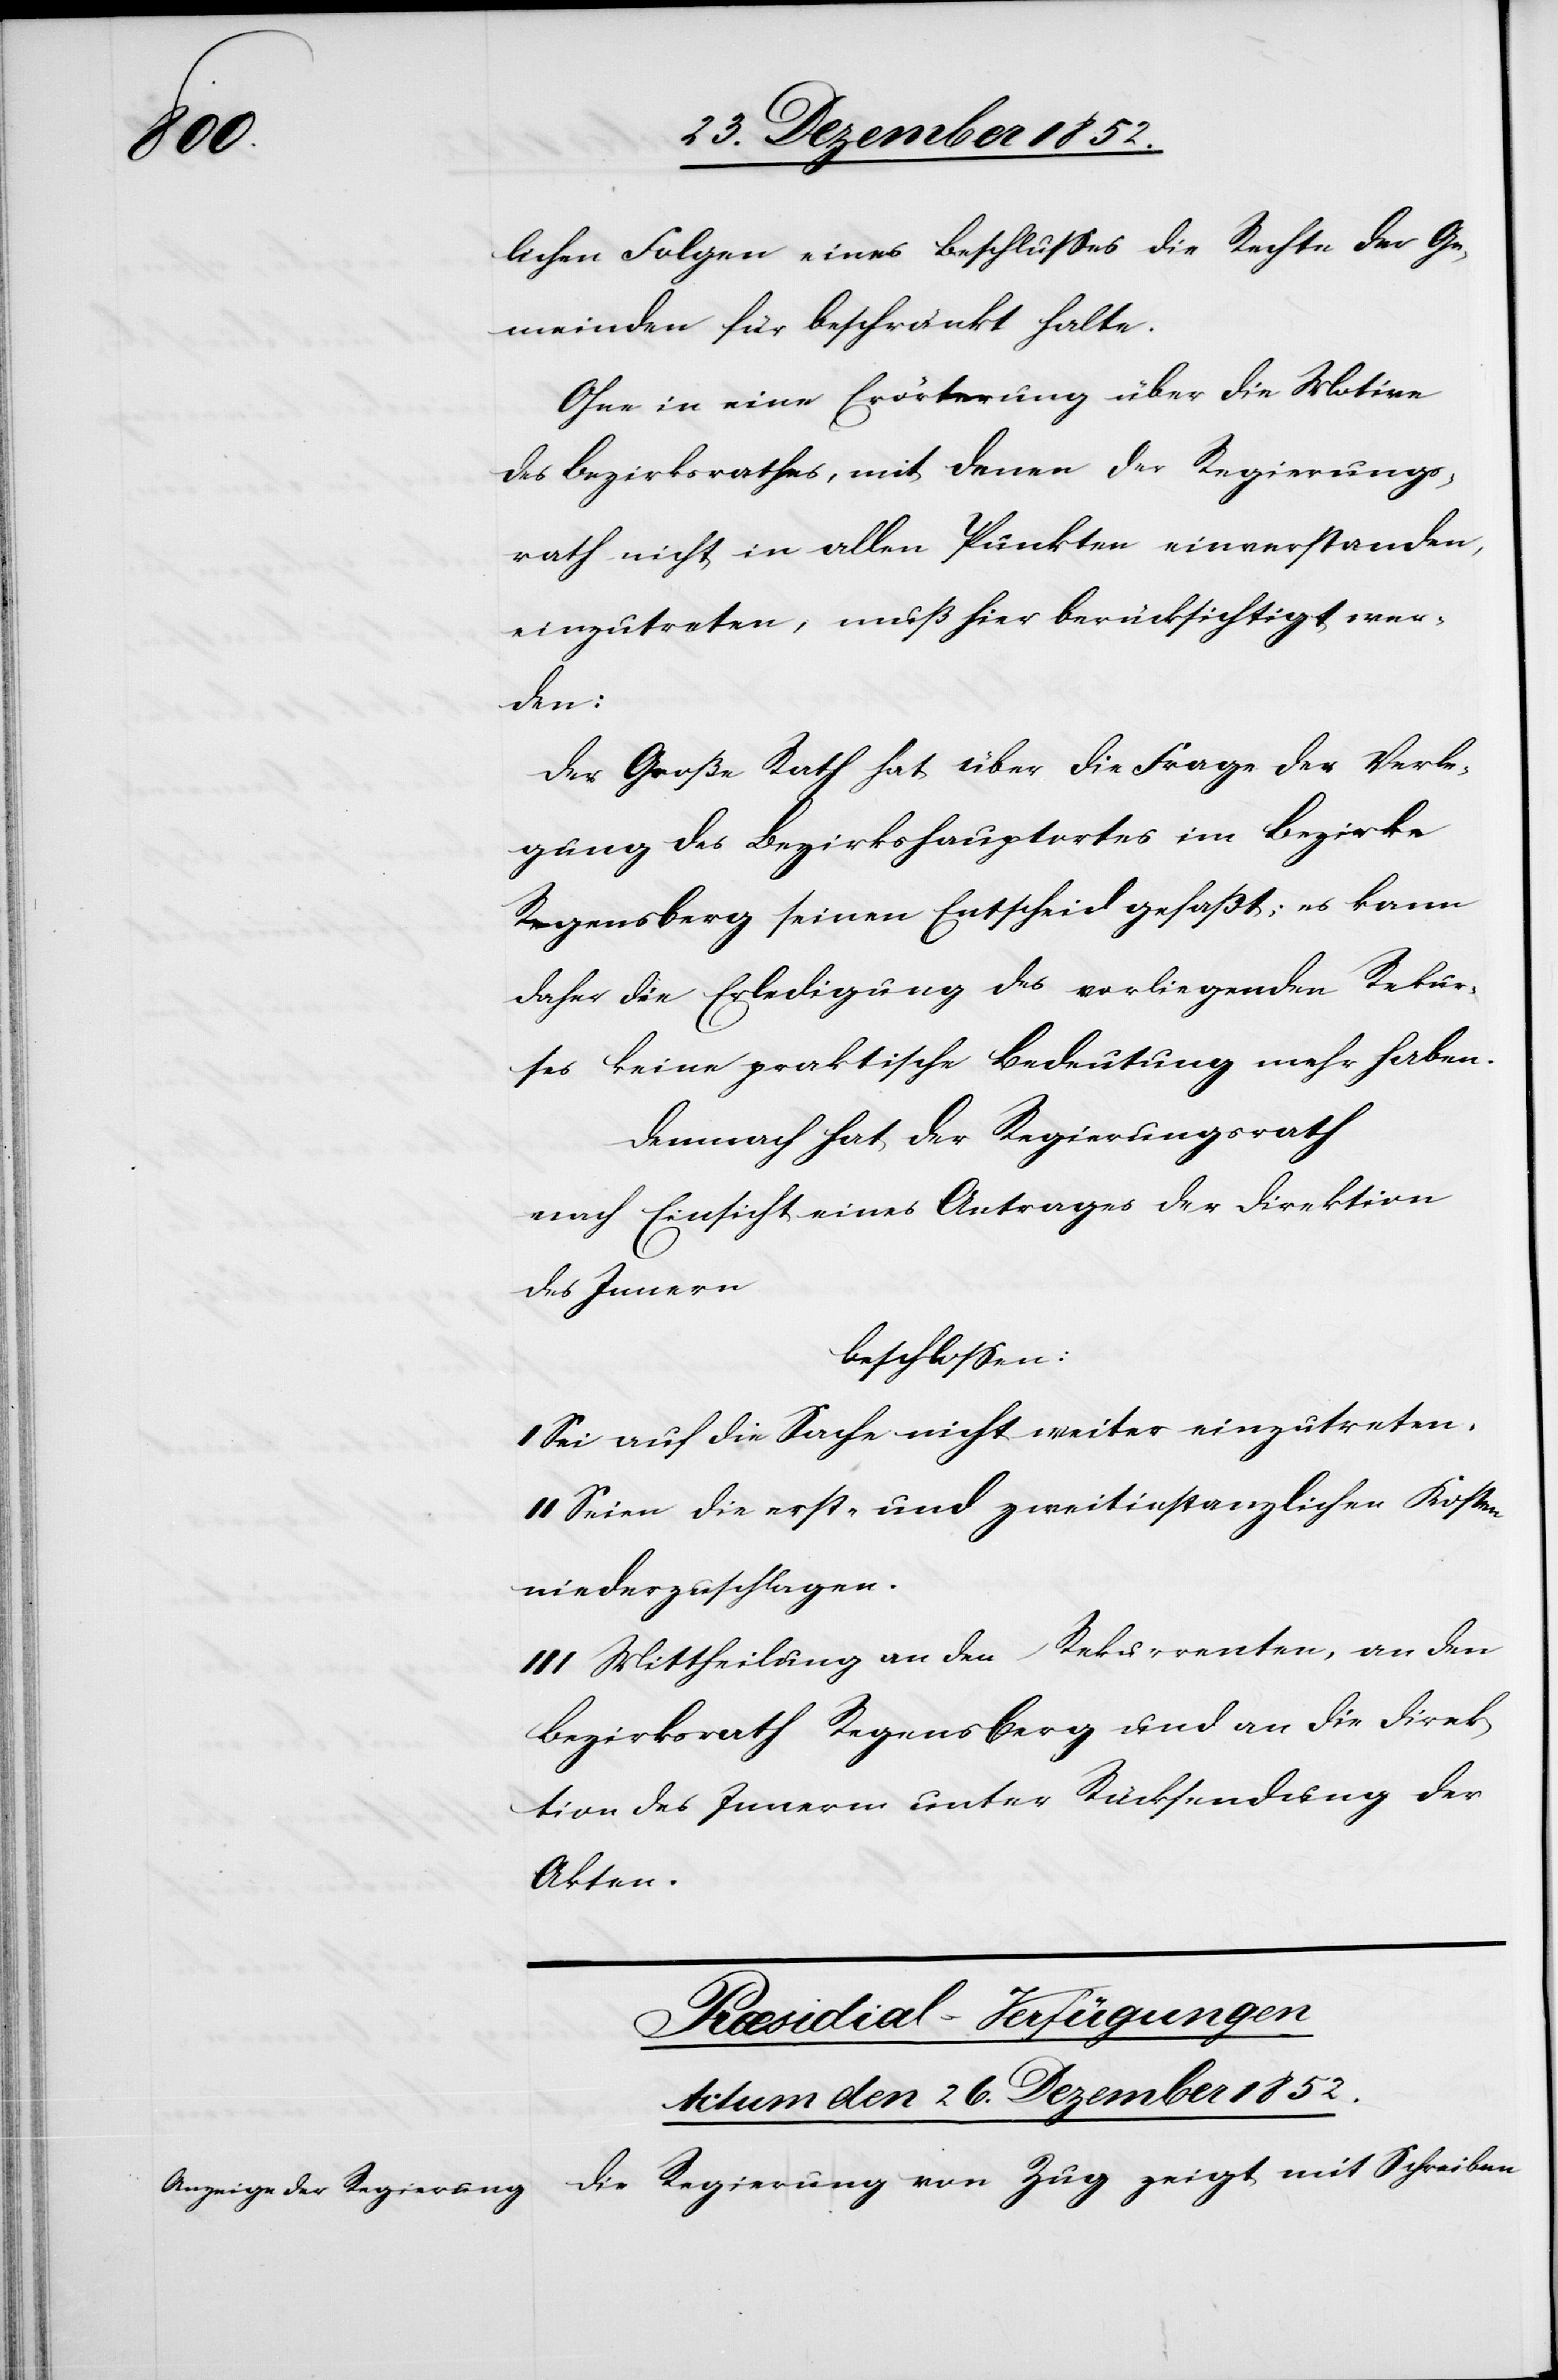
lichen Folgen eines Beschlusses die Rechte der Ge¬
meinden für beschränkt halte.
Ohne in eine Erörterung über die Motive
des Bezirksrathes, mit denen der Regierungs¬
rath nicht in allen Punkten einverstanden,
einzutreten, muß hier berücksichtigt wer¬
den:
Der Große Rath hat über die Frage der Verle¬
gung des Bezirkshauptortes im Bezirke
Regensberg seinen Entscheid gefaßt; es kann
daher die Erledigung des vorliegenden Rekur¬
ses keine praktische Bedeutung mehr haben.
Demnach hat der Regierungsrath
nach Einsicht eines Antrages der Direktion
des Innern
beschlossen:
Sei auf die Sache nicht weiter einzutreten.
II Seien die erst- und zweitinstanzlichen Kosten
niederzuschlagen.
III Mittheilung an den Rekurrenten, an den
Bezirksrath Regensberg und an die Direk¬
tion des Innerm [sic!] unter Rücksendung der
Akten.
Præsidial-Verfügungen
Actum den 26. Dezember 1852.
Die Regierung von Zug zeigt mit Schreiben